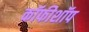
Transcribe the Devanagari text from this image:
कॉफीशॉप